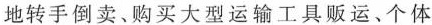
地转手倒卖、购买大型运输工具贩运、个体